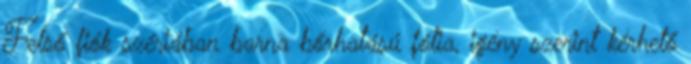
Felső fiók szériában barna bőrhatású fólia, igény szerint kérhető